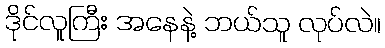
ဒိုင်လူကြီး အနေနဲ့ ဘယ်သူ လုပ်လဲ။